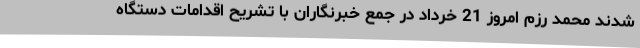
شدند محمد رزم امروز 21 خرداد در جمع خبرنگاران با تشریح اقدامات دستگاه